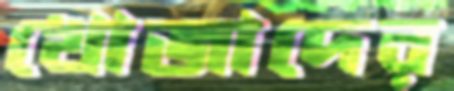
খোজাদের